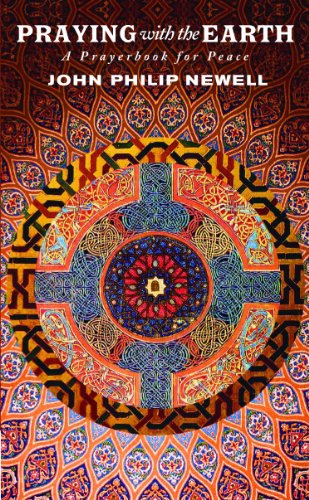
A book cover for Praying with the Earth: A Prayerbook for Peace; J. Philip Newell; Religion & Spirituality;